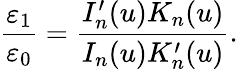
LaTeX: \frac{\varepsilon_{1}}{\varepsilon_{0}}=\frac{I_{n}^{\prime}(u)K_{n}(u)}{I_{n}(u)K_{n}^{\prime}(u)}.